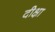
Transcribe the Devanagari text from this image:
दीक्षा